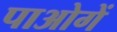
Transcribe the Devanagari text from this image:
पाओगें